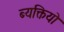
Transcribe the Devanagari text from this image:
ब्यक्तियो